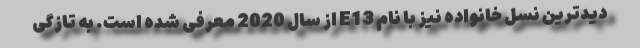
دیدترین نسل خانواده نیز با نام E13 از سال 2020 معرفی شده است. به تازگی